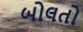
બોલતો